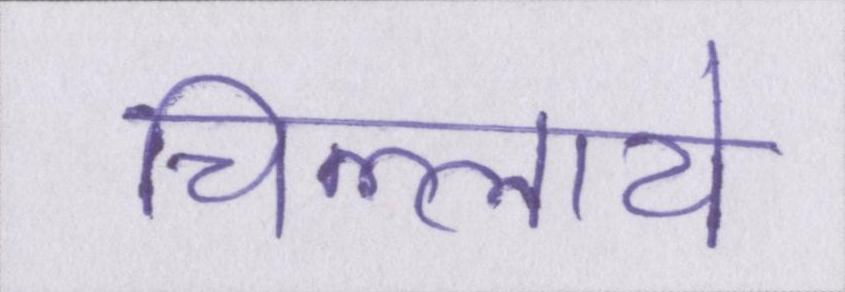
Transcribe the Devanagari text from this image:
चिल्लाये